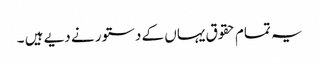
یہ تمام حقوق یہاں کے دستور نے دیے ہیں ۔